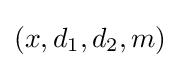
(x,d_{1},d_{2},m)